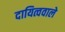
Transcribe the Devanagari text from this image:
दायित्ववाले